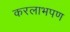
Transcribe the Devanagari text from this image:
करलाभपण